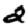
Digit: 2